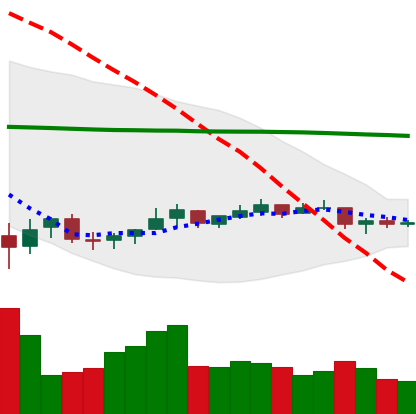
Ticker: NEO-USD
Chart end date: 2021-07-11
Forward return: -13.024%
Label: down_7plus